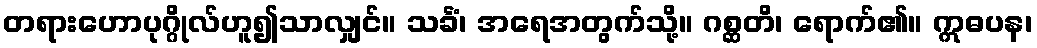
တရားဟောပုဂ္ဂိုလ်ဟူ၍သာလျှင်။ သင်္ခံ၊ အရေအတွက်သို့။ ဂစ္ဆတိ၊ ရောက်၏။ ဣဓပန၊